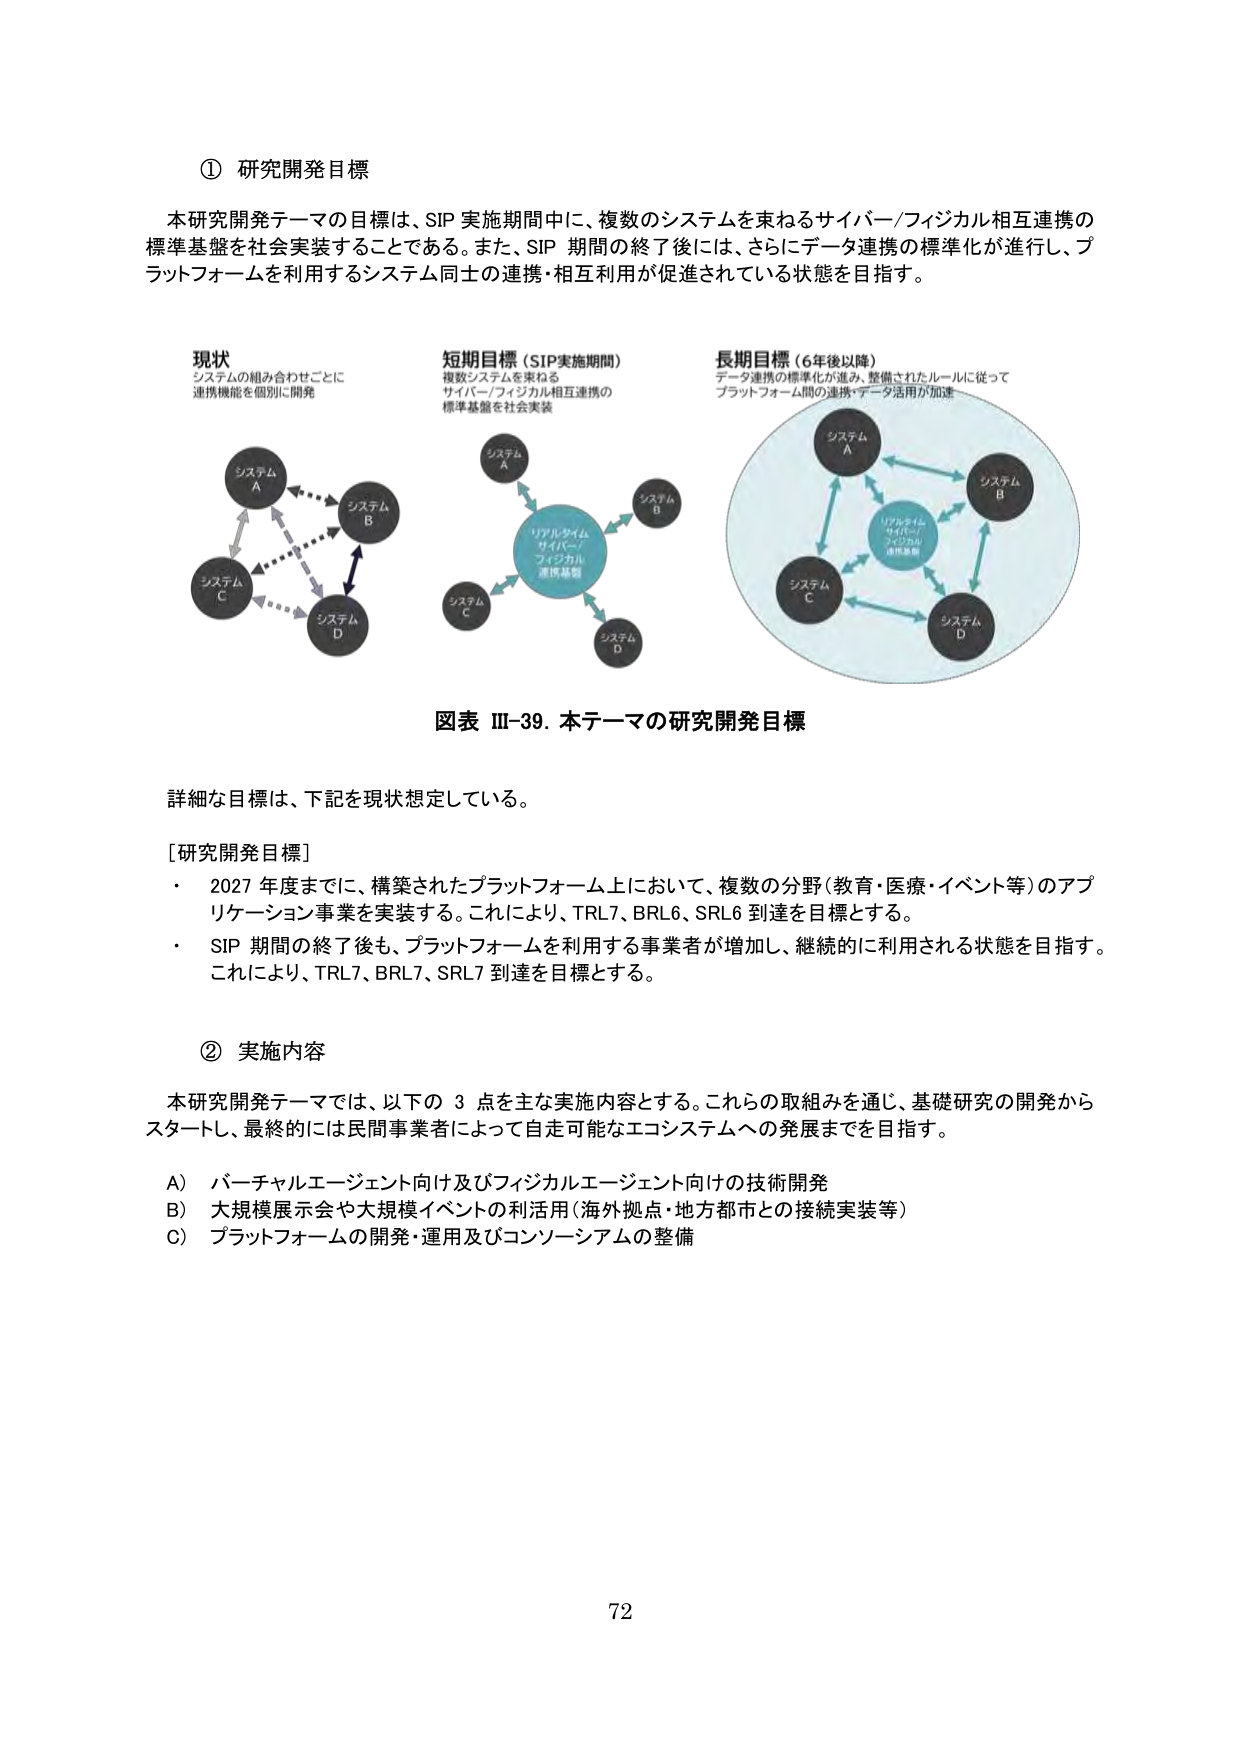
① 研究開発目標

本研究開発テーマの目標は、SIP 実施期間中に、複数のシステムを束ねるサイバー/フィジカル相互連携の標準基盤を社会実装することである。また、SIP 期間の終了後には、さらにデータ連携の標準化が進行し、プラットフォームを利用するシステム同士の連携・相互利用が促進されている状態を目指す。

現状
システムの組み合わせごとに
連携機能を個別に開発

短期目標（SIP実施期間）
複数システムを束ねる
サイバー/フィジカル相互連携の
標準基盤を社会実装

長期目標（6年後以降）
データ連携の標準化が進み、整備されたルールに従って
プラットフォーム間の連携・データ活用が加速

システム A
システム B
システム C
システム D

リアルタイム
サイバー/
フィジカル
連携基盤

システム A
システム B
システム C
システム D

リアルタイム
サイバー/
フィジカル
連携基盤

図表 Ⅲ-39. 本テーマの研究開発目標

詳細な目標は、下記を現状想定している。

[研究開発目標]
・ 2027 年度までに、構築されたプラットフォーム上において、複数の分野（教育・医療・イベント等）のアプリケーション事業を実装する。これにより、TRL7、BRL6、SRL6 到達を目標とする。
・ SIP 期間の終了後も、プラットフォームを利用する事業者が増加し、継続的に利用される状態を目指す。これにより、TRL7、BRL7、SRL7 到達を目標とする。

② 実施内容

本研究開発テーマでは、以下の 3 点を主な実施内容とする。これら の取組みを通じ、基礎研究の開発からスタートし、最終的には民間事業者によって自走可能なエコシステムへの発展までを目指す。

A） バーチャルエージェント向け及びフィジカルエージェント向けの技術開発
B） 大規模展示会や大規模イベントの利活用（海外拠点・地方都市との接続実装等）
C） プラットフォームの開発・運用及びコンソーシアムの整備

72